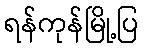
ရန်ကုန်မြို့ပြ